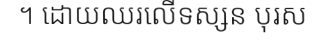
។ ដោយឈរលើទស្សន បុរស